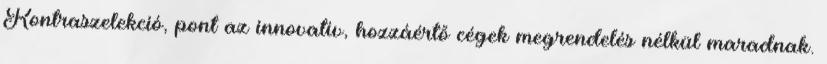
Kontraszelekció, pont az innovatív, hozzáértő cégek megrendelés nélkül maradnak.